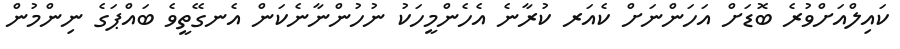
ކައިލްއަށްވުރެ ބޮޑަށް އަހަންނަށް ކެއަރ ކުރާނެ އެހެންމީހަކު ނުހުންނާނެކަން އެނގޭތީވެ ބައްޕަގެ ނިންމުން